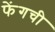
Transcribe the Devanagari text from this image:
फेंगची